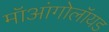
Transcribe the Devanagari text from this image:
मॉआंगोलॉयड